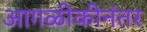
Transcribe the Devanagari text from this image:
आगळीकीनंतर